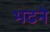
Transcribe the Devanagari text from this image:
भढने